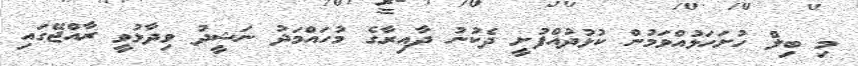
މި ބިލް ހުށަހަޅުއްވަމުން ކުޅުދުއްފުށީ ދެކުނު ދާއިރާގެ މުހައްމަދު ނަޝީދު ވިދާޅުވީ ރާއްޖޭގައި